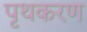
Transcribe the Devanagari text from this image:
पृथकरण